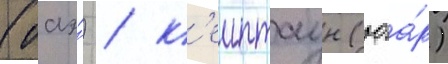
(оаэ́) / к'еиптаун (юа́р)